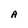
Character: A